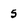
Character: 5